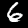
Digit: 6